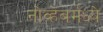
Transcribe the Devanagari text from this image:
नोव्हेंबर्मध्ये